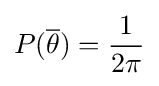
P({\overline {\theta }})={\frac {1}{2\pi }}